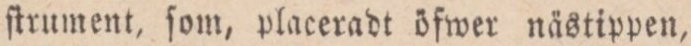
ſtrument, ſom, placeradt öfwer nästippen,